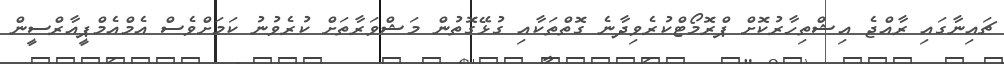
ޗައިނާގައި ރާއްޖެ އިޝްތިހާރުކޮށް ޕްރޮމޯޓްކުރެވިދާނެ ގޮތްތަކާއި ގުޅޭގޮތުން މަޝްވަރާތަށް ކުރެވުނު ކަމަށްވެސް އެމްއެމްޕީއާރްސީން